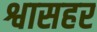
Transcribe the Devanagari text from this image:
श्वासहर